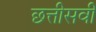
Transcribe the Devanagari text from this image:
छत्तीसवीं